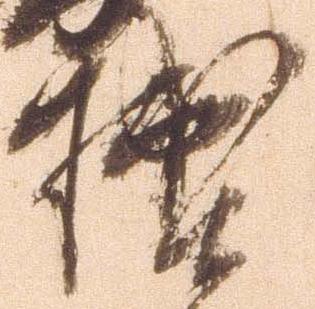
拙